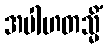
အပါဟတသ္မိံ